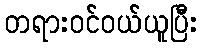
တရားဝင်ဝယ်ယူပြီး